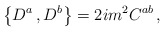
\begin{align*}\left\{D^a\, , D^b \right\}=2im^2 C^{ab} \, ,\end{align*}